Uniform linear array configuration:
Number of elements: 64
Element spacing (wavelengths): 0.5
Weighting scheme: uniform
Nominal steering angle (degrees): -30
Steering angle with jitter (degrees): -28.903
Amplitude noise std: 0.05
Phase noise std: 0.05

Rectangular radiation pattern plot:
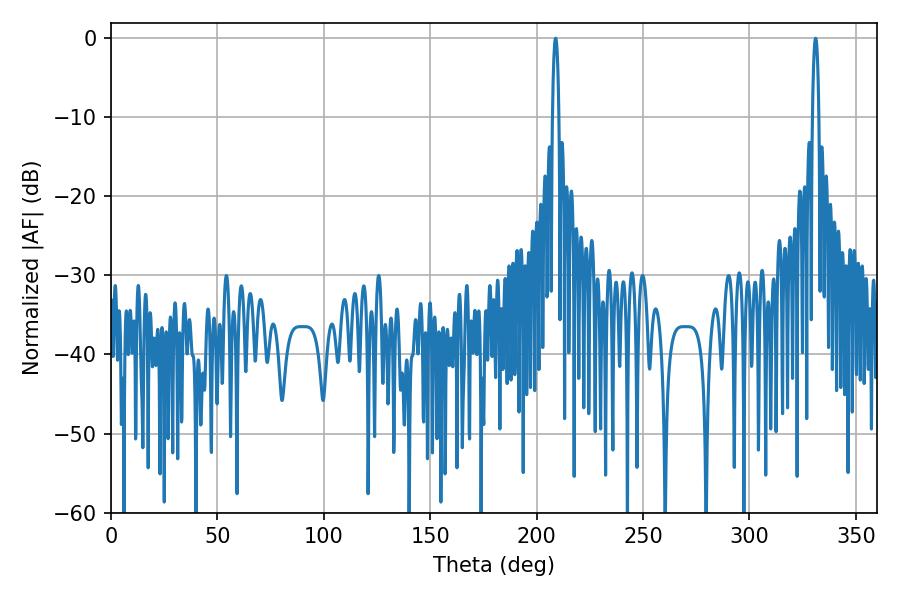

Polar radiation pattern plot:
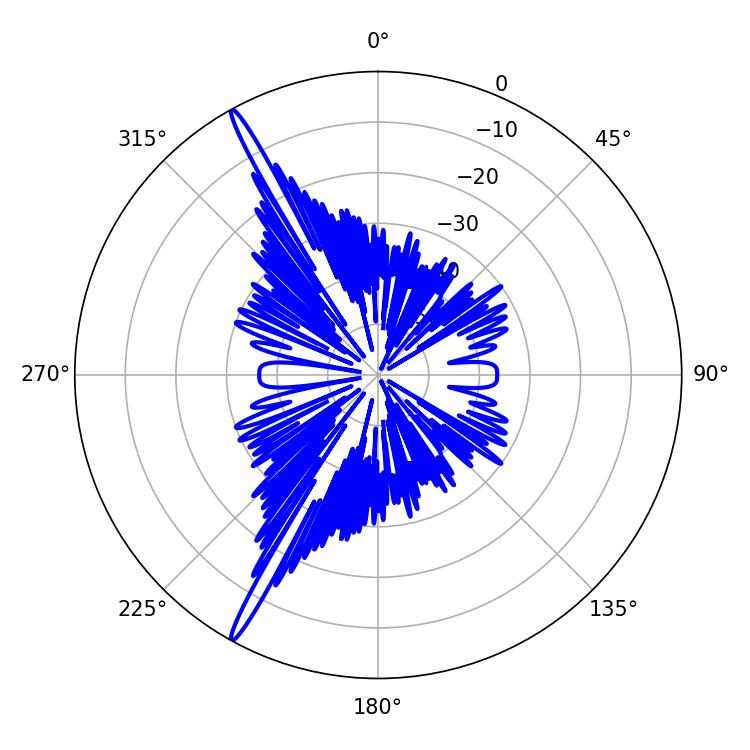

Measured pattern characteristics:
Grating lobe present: FALSE
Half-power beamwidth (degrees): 1.62
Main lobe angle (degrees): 208.98